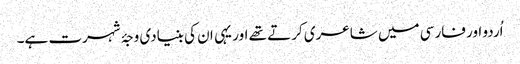
اُردو اور فارسی میں شاعری کرتے تھے اور یہی ان کی بنیادی وجۂ شہرت ہے۔